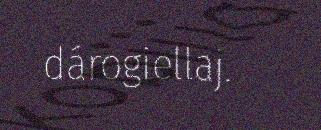
dárogiellaj.